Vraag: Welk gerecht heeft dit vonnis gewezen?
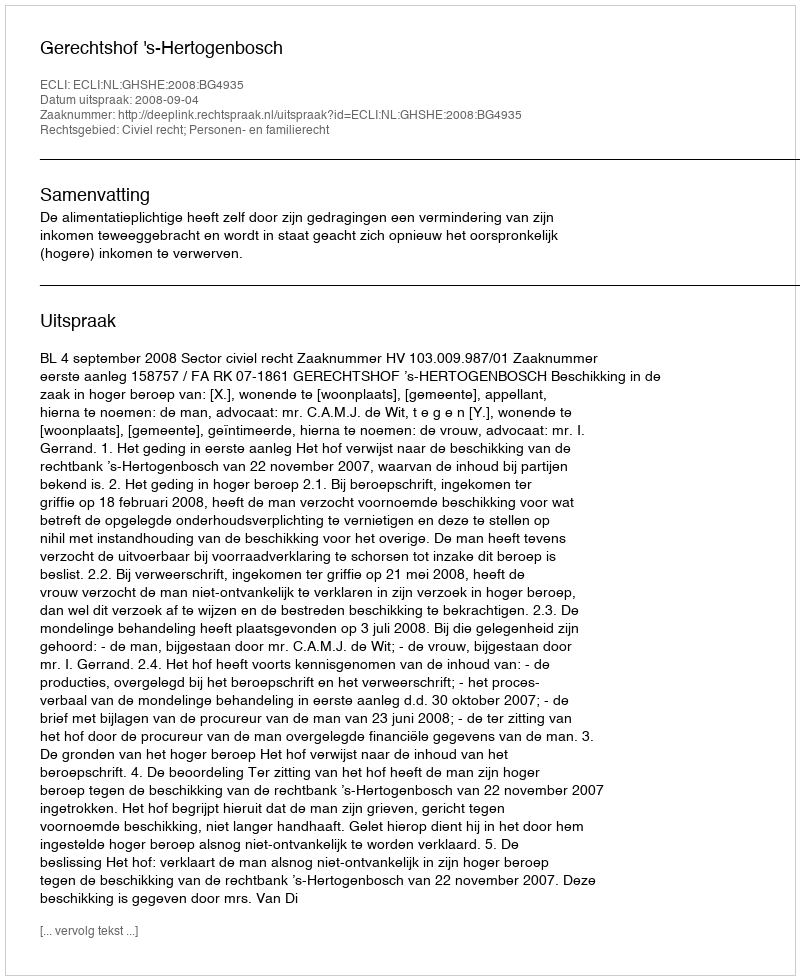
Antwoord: Gerechtshof 's-Hertogenbosch